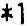
*1